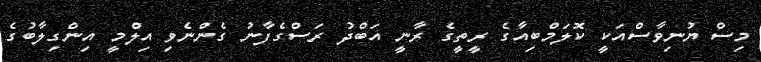
މިސް ޔުނިވާސްއަކީ ކޮލަމްބިއާގެ ރީތީގެ ރާނީ އަބްދު ރަސްގެފާނު ގެންނެވި އިލްމީ އިންގިލާބުގެ